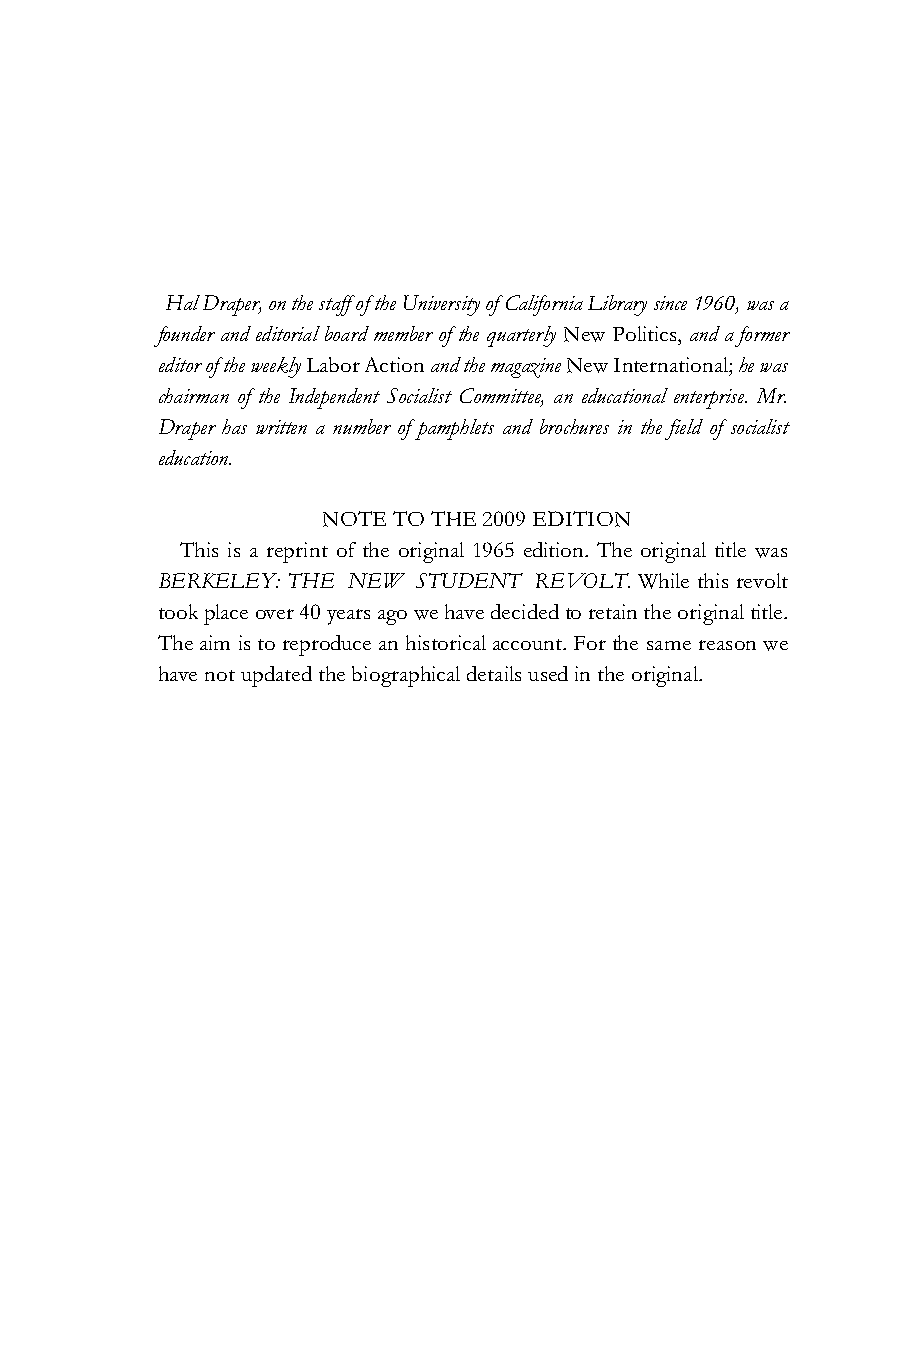
Hal Draper, on the staff of the University of California Library since 1960, was a
 founder and editorial board member of the quarterly New Politics, and a former
 editor of the weekly Labor Action and the magazine New International; he was
 chairman of the Independent Socialist Committee, an educational enterprise. Mr.
 Draper has written a number of pamphlets and brochures in the field of socialist
 education.
 NOTE TO THE 2009 EDITION
 This is a reprint of the original 1965 edition. The original title was
 BERKELEY: THE NEW STUDENT REVOLT. While this revolt
 took place over 40 years ago we have decided to retain the original title.
 The aim is to reproduce an historical account. For the same reason we
 have not updated the biographical details used in the original.